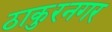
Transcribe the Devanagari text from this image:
ठाकुरनगर